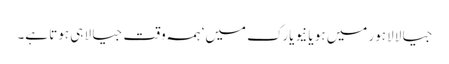
جیالا لاہور میں ہو یا نیویارک میں‘ ہمہ وقت جیالا ہی ہوتا ہے۔